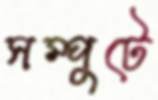
সম্পুটে